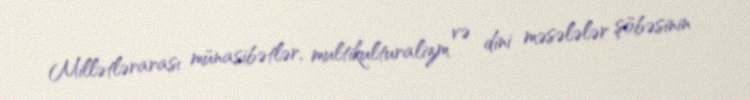
Millətlərarası münasibətlər, multikulturalizm və dini məsələlər şöbəsinin